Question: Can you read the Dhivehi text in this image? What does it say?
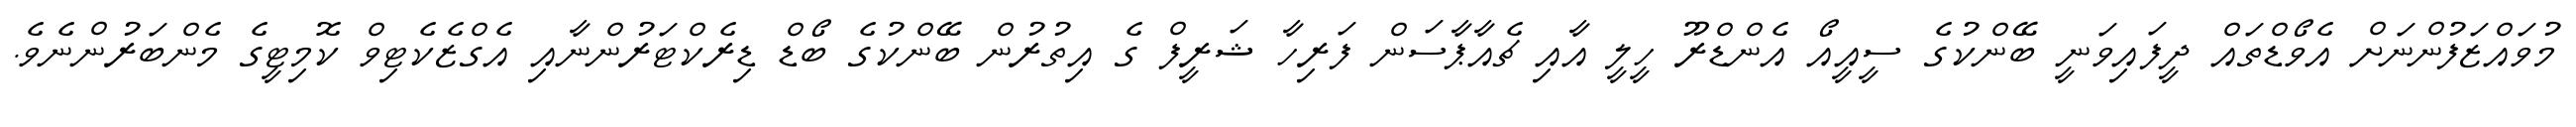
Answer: މުވައްޒަފުންނަށް އެވޯޑްތައް ދީފައިވަނީ ބޭންކުގެ ސީއީއޯ އެންޑްރޫ ހީލީ އާއި ޗެއާޕާސަން ފަރިހާ ޝަރީފް ގެ އިތުރުން ބޭންކުގެ ބޯޑް ޑިރެކްޓަރުންނާއި އެގްޒެކެޓިވް ކޮމިޓީގެ މެންބަރުންނެވެ.